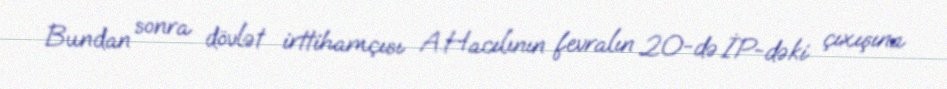
Bundan sonra dövlət irttihamçısı A.Hacılının fevralın 20-də İP-dəki çıxışına